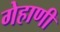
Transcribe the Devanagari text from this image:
गेहाणी